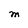
Character: M